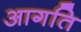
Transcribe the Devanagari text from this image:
आगति